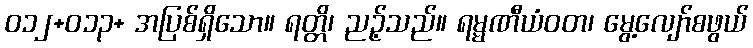
ဝ၁၂+ဝ၁၃+ အပြစ်ရှိသော။ ရတ္တိ၊ ညဉ့်သည်။ ရမ္မဏီယံဝတ၊ မွေ့လျော်စဖွယ်